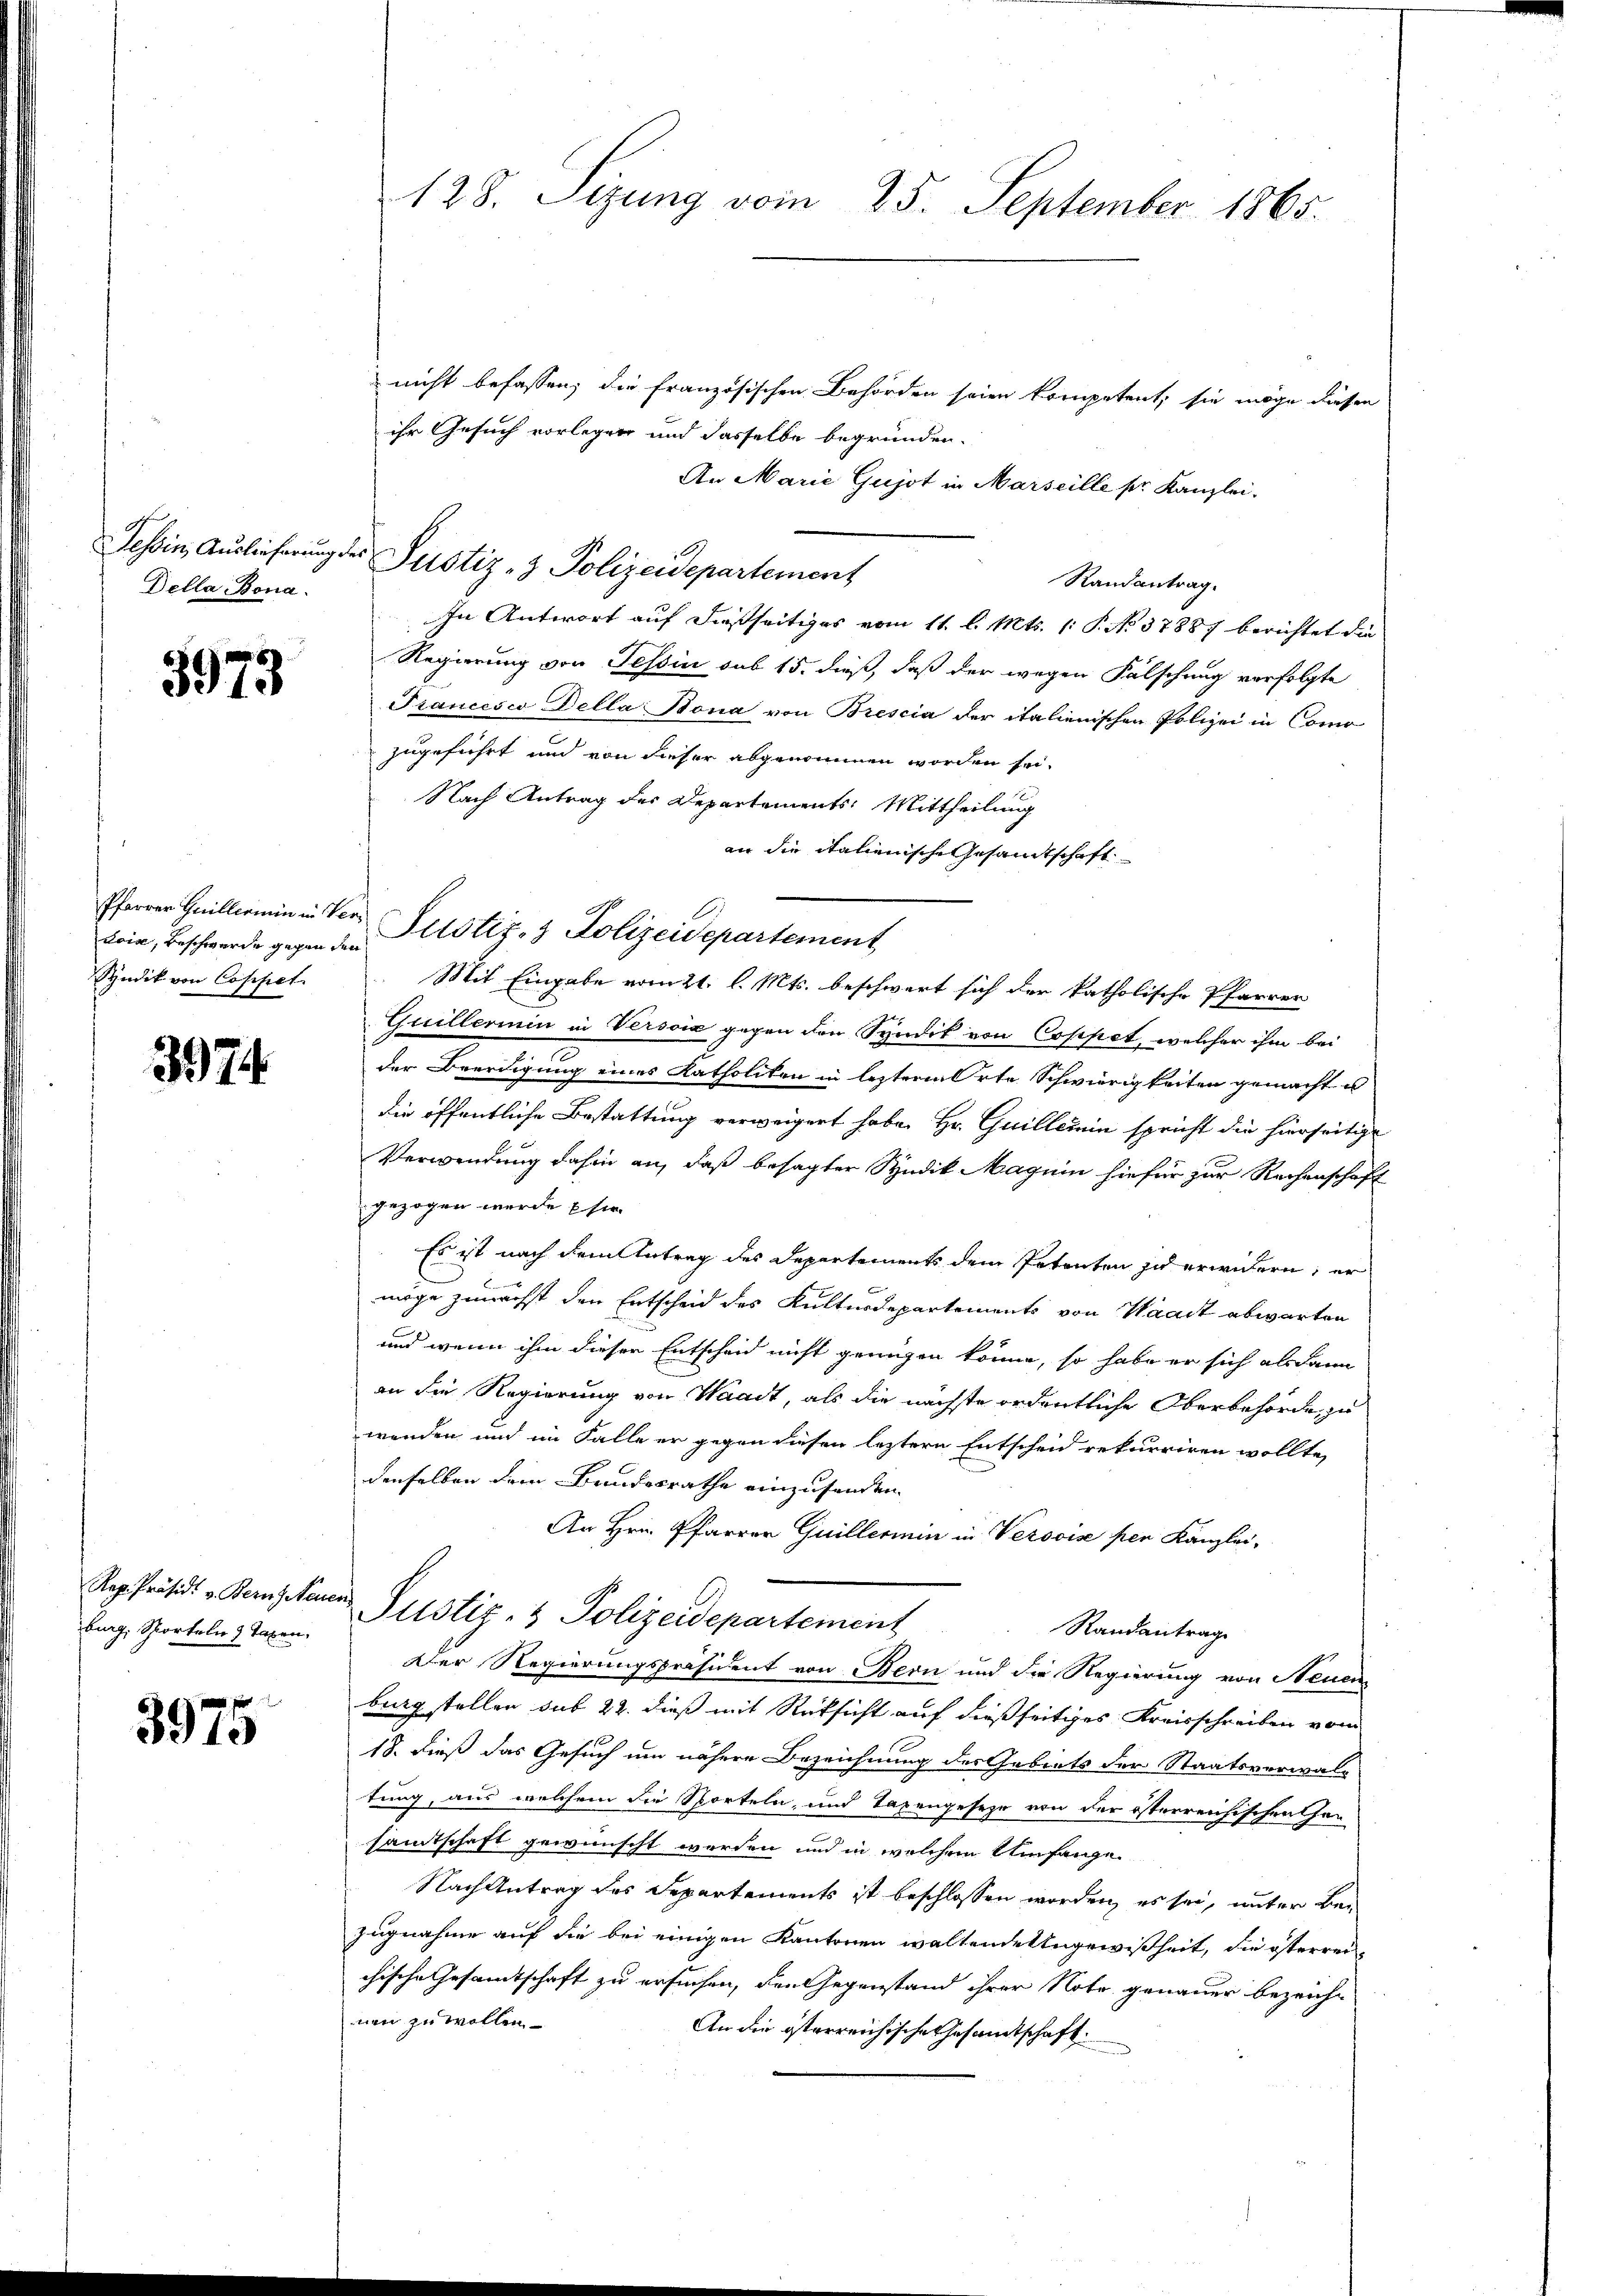
Della Bona.

3973

doin, Beschwerde gegen den
Syndik von Coppet

3974.

Rep. Präsidi v. Bern, Neu
burg, Sporteln & Taxen,

3975

nicht befassen, die Französischen Behörden seien kompetent, sie möge diesen
ihr Gesuch vorlegen und dasselbe begründen.
An Marie Gujot in Marseille ser Kanzlei.
Randantrag.
In Antwort auf dießseitiges vom 11. l. Mts. 1. P. No. 37887 berichtet die
Regierung von Tessin sub 15. dieß, daß der wegen Fälschung verfolgte
Francesco della Bona von Brescia der italienischen Polizei in Como
zugeführt und von dieser abgenommen worden sei.
Nach Antrag des Departements: Mittheilung
an die italienische Gesandtschaft
Pfarrer Guillermin in der Justiz- & Polizeidepartement
Mit Eingabe vom 21. l. Mts. beschwert sich der katholische Pfarrer
Guillermin in Verscia gegen den Syndik von Coppet, welcher ihm bei
der Beerdigung eines Katholiten in lezterm Orte Schwierigkeiten gemacht u
die öffentliche Bestattung verweigert habe. Hr. Guillemin spricht die hierseitige
Verwendung dahin an, daß besagter Syndik Magnin hiefür zur Rechenschaft
gezogen wurde sie
Es ist nach dem Antrag des Departements dem Petenten zu erwidern, er
möge zunächst den Entscheid des Kulturdepartements von Waadt abwarten
und wenn ihm dieser Entscheid nicht genügen könne, so habe er sich als dann
an die Regierung von Waadt, als die nächste ordentliche Oberbehörde, zu
wenden und im Falle er gegen diesen leztere Entscheid rekurriren wollte,
denselben dem Bundesrathe einzusenden.
An Hrn. Pfarrer Guillerne in Verovis per Kanzlei-
u Justiz- & Polizeidepartement
Randantrag
Der Regierungspräsident von Bern und die Regierung von Neuen
burg stellen sub 22. dieß mit Rücksicht auf dießseitiges Kreisschreiben vom
18. dieß das Gesuch um nähere Bezeichnung des Gebiets der Staatsverwaltung, aus welchem die Sporteln, und Taxengeseze von der österreichischen an
samtschaft gewünscht werden und in welchem Umfange
Nach Antrag des Separtements ist beschlossen worden, es sei, unter Bezugnahme auf die bei einigen Kantonen waltende Ungewißheit, die österreichische Gesamtschaft zu ersuchen, den Gegenstand ihrer Note genauer bezeichmnen zu wollen
An die österreichische Gesamtschaft.

128. Sizung vom 25. September 1865.

Tessin Auslieferung des Justiz- & Polizeidepartement